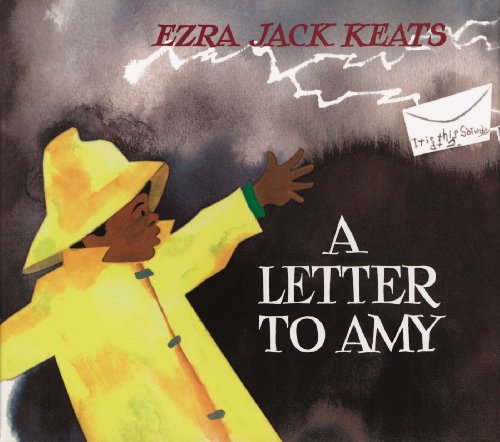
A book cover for A Letter to Amy (Picture Puffins); Ezra Jack Keats; Children's Books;